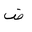
Letter: _dad